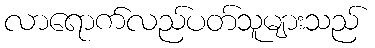
လာရောက်လည်ပတ်သူများသည်